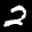
Label: 2